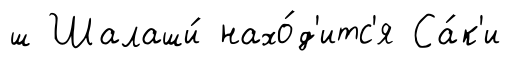
ш Шалаши́ нахо́д'итс'я Са́к'и